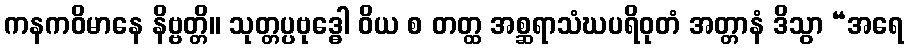
ကနကဝိမာနေ နိဗ္ဗတ္တိ။ သုတ္တပ္ပဗုဒ္ဓေါ ဝိယ စ တတ္ထ အစ္ဆရာသံဃပရိဝုတံ အတ္တာနံ ဒိသွာ “အရေ